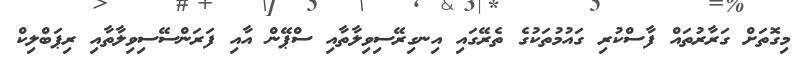
މިގޮތަށް ގަރާރުތައް ފާސްކުރި ގައުމުތަކުގެ ތެރޭގައި އިނގިރޭސިވިލާތާއި ސްޕޭން އާއި ފަރަންސޭސިވިލާތާއި ރިޕަބްލިކް